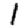
Digit: 1